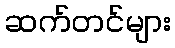
ဆက်တင်များ